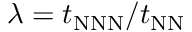
\lambda = t _ { \mathrm { N N N } } / t _ { \mathrm { N N } }